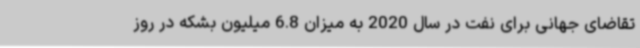
تقاضای جهانی برای نفت در سال 2020 به میزان 6.8 میلیون بشکه در روز